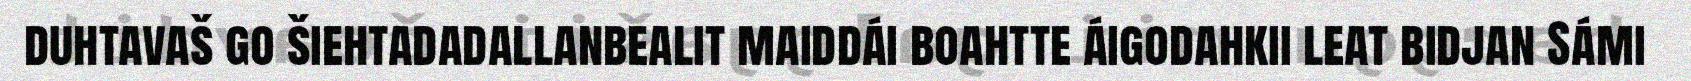
duhtavaš go šiehtadadallanbealit maiddái boahtte áigodahkii leat bidjan Sámi